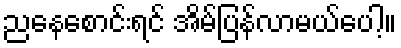
ညနေစောင်းရင် အိမ်ပြန်လာမယ်ပေါ့။